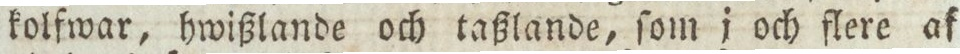
kolfwar, hwißlande och taßlande, ſom i och flere af